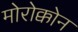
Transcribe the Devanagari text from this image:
मोरोक्कोन